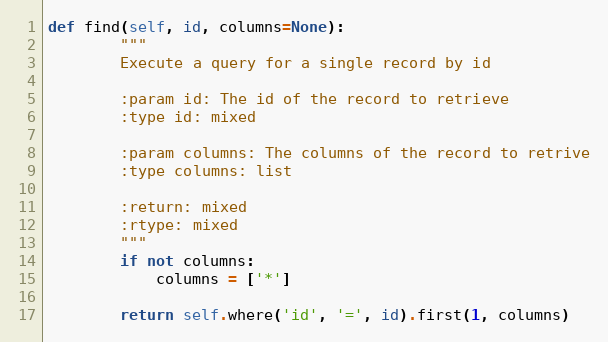
Language: Python
def find(self, id, columns=None):
        """
        Execute a query for a single record by id

        :param id: The id of the record to retrieve
        :type id: mixed

        :param columns: The columns of the record to retrive
        :type columns: list

        :return: mixed
        :rtype: mixed
        """
        if not columns:
            columns = ['*']

        return self.where('id', '=', id).first(1, columns)